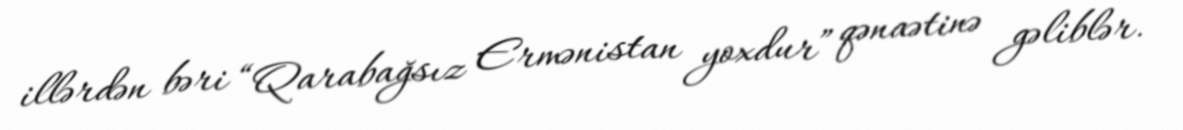
illərdən bəri “Qarabağsız Ermənistan yoxdur” qənaətinə gəliblər.